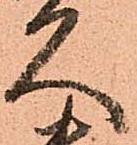
久